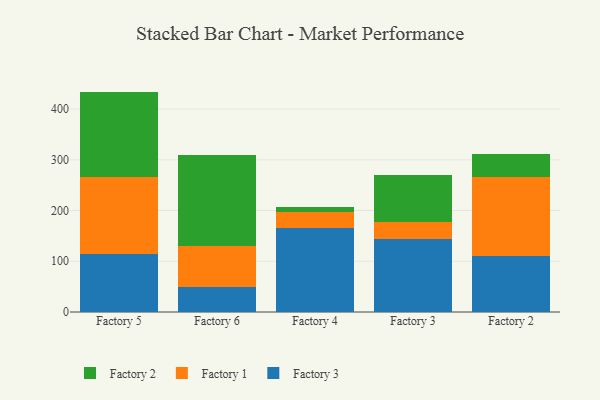
{"axis": {"x": "Factory", "y": "Active Users"}, "legend": ["Factory 1", "Factory 2", "Factory 3"], "data": [{"x": "Factory 5", "y": 113.7, "type": "Factory 3"}, {"x": "Factory 5", "y": 151.9, "type": "Factory 1"}, {"x": "Factory 5", "y": 168.8, "type": "Factory 2"}, {"x": "Factory 6", "y": 49.9, "type": "Factory 3"}, {"x": "Factory 6", "y": 81.1, "type": "Factory 1"}, {"x": "Factory 6", "y": 178.0, "type": "Factory 2"}, {"x": "Factory 4", "y": 164.6, "type": "Factory 3"}, {"x": "Factory 4", "y": 32.5, "type": "Factory 1"}, {"x": "Factory 4", "y": 9.9, "type": "Factory 2"}, {"x": "Factory 3", "y": 143.6, "type": "Factory 3"}, {"x": "Factory 3", "y": 34.7, "type": "Factory 1"}, {"x": "Factory 3", "y": 91.0, "type": "Factory 2"}, {"x": "Factory 2", "y": 109.6, "type": "Factory 3"}, {"x": "Factory 2", "y": 156.4, "type": "Factory 1"}, {"x": "Factory 2", "y": 46.3, "type": "Factory 2"}]}